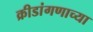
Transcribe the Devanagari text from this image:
क्रीडांगणाच्या